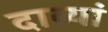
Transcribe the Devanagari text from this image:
दाव्यां